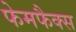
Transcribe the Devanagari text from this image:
फेमफैक्स